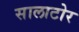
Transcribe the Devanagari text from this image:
सालाटोर